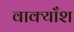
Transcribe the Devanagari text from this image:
वाक्याँश